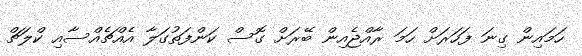
ހަމައިން ގިނަ ފަހަރަށް ހަމަ ރާއްޖެއިން ބޭރަށް ގޮސް ކަންފަތުގަލާ އެއްޗެއްސާއި ކްލަޗް